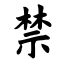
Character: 禁